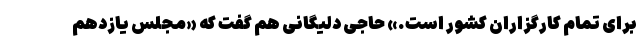
برای تمام کارگزاران کشور است.» حاجی دلیگانی هم گفت که «مجلس یازدهم